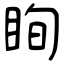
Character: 眴